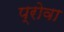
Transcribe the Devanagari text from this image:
प्रोवा